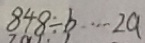
8 4 8 \div b \cdots 2 a